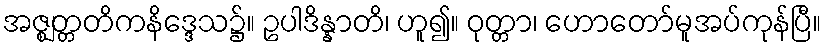
အဇ္ဈတ္တတိကနိဒ္ဒေသ၌။ ဥပါဒိန္နာတိ၊ ဟူ၍။ ဝုတ္တာ၊ ဟောတော်မူအပ်ကုန်ပြီ။